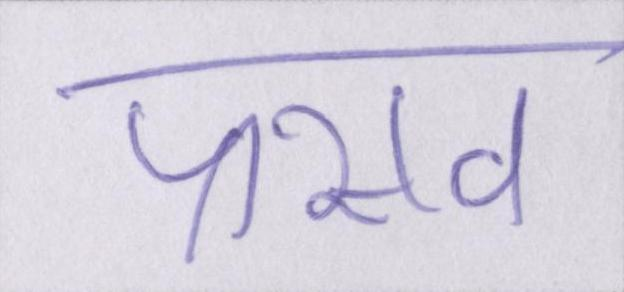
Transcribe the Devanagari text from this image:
प्रसव